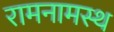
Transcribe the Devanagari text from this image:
रामनामस्थ